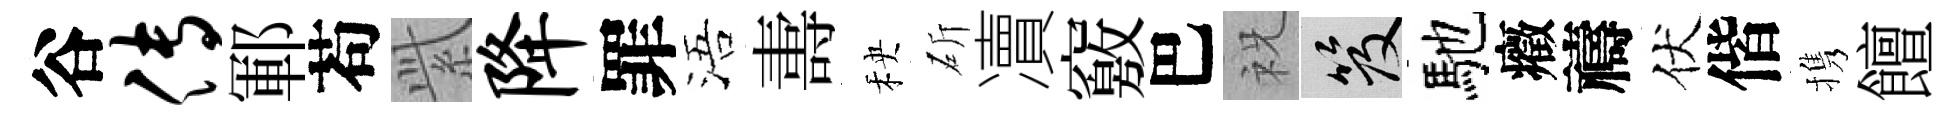
谷传鄆苟𬗋降罪浯夀秧斫凟竅巴祝笈馳癥禱伏偕携饘